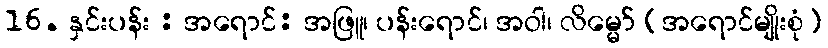
16. နှင်းပန်း : အရောင်: အဖြူ၊ ပန်းရောင်၊ အဝါ၊ လိမ္မော် (အရောင်မျိုးစုံ)